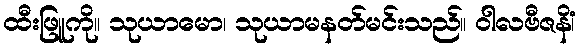
ထီးဖြူကို။ သုယာမော၊ သုယာမနတ်မင်းသည်။ ဝါလဗီဇနိံ၊